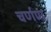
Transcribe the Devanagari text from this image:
चर्णण